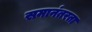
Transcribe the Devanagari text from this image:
समानंतरता